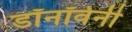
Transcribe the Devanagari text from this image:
डॉनॉवेनी